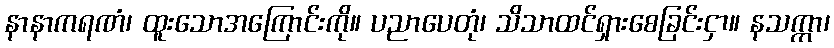
နာနာကရဏံ၊ ထူးသောအကြောင်းကို။ ပညာပေတုံ၊ သိသာထင်ရှားစေခြင်းငှာ။ နသက္ကာ၊